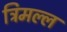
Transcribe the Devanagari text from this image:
त्रिमल्ल